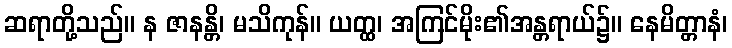
ဆရာတို့သည်။ န ဇာနန္တိ၊ မသိကုန်။ ယတ္ထ၊ အကြင်မိုး၏အန္တရာယ်၌။ နေမိတ္တာနံ၊